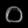
Digit: ၀